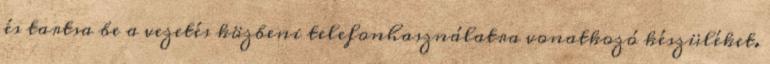
és tartsa be a vezetés közbeni telefonhasználatra vonatkozó készüléket.